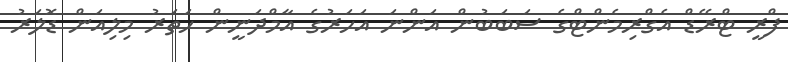
ފްރީ ޓްރޭޑް އެގްރިމެންޓްގެ ސަބަބުން އަންނަ އަހަރުގެ އާމްދަނީން ހަތަރު މިލިއަން ޑޮލަރު